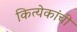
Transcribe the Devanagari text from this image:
कित्येकांची